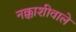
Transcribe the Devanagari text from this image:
नक्काशीवाले